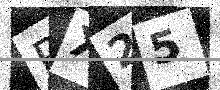
Text: PX25